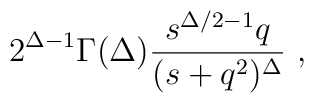
2^{\Delta-1} \Gamma(\Delta) \frac{s^{\Delta/2-1} q}{(s +q^2)^\Delta}\ ,